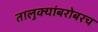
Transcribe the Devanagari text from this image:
तालुक्यांबरोबरच